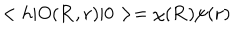
< h | O ( { \bf R } , { \bf r } ) | 0 > = \chi ( { \bf R } ) \psi ( { \bf r } )